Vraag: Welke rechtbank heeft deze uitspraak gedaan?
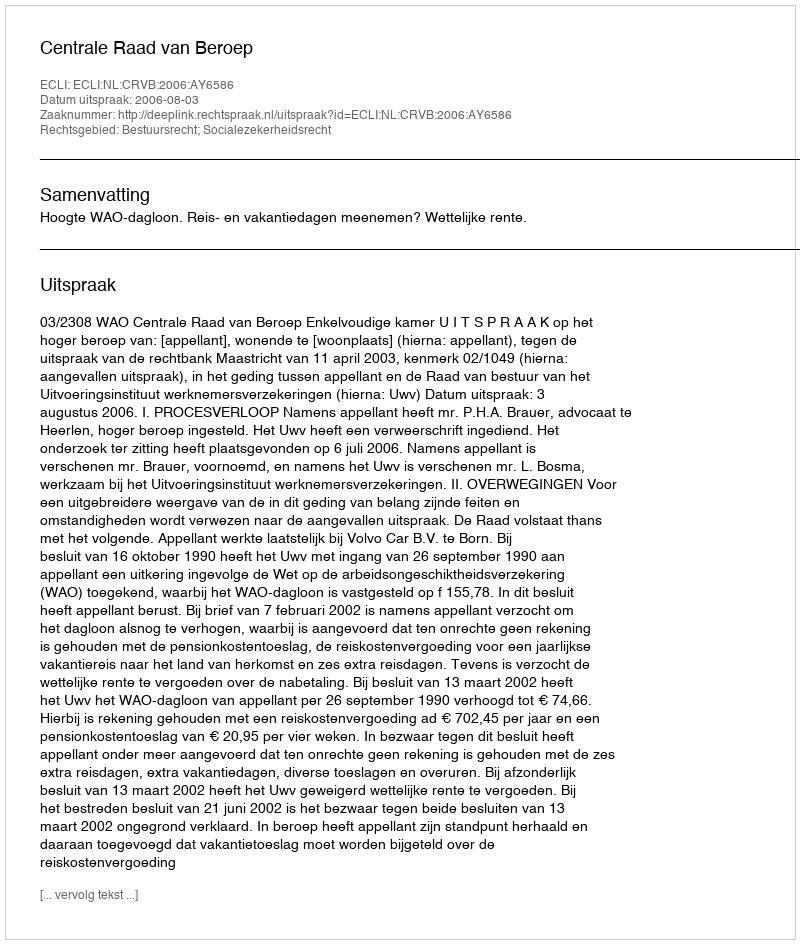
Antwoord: Centrale Raad van Beroep